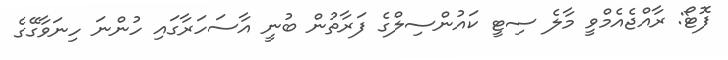
ފޮޓޯ: ރާއްޖެއެމްވީ މާލެ ސިޓީ ކައުންސިލްގެ ފަރާތުން ބުނީ އާސަހަރާގައި ހުންނަ ހިނަވާގޭގެ